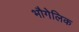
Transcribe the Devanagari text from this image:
भौगेलिक